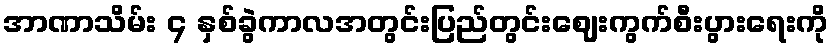
အာဏာသိမ်း ၄ နှစ်ခွဲကာလအတွင်းပြည်တွင်းဈေးကွက်စီးပွားရေးကို